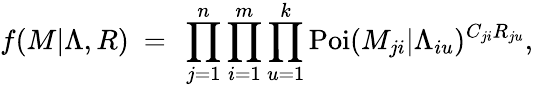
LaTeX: f(M|\Lambda,R)\ =\ \prod_{j=1}^{n}\prod_{i=1}^{m}\prod_{u=1}^{k}\operatorname{Poi}(M_{ji}|\Lambda_{iu})^{C_{ji}R_{ju}},